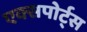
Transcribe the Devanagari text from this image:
एक्सपोर्ट्स